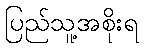
ပြည်သူ့အစိုးရ